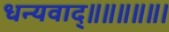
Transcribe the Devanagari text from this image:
धन्यवाद्॥॥॥॥॥।